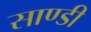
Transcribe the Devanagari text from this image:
साण्‍डी